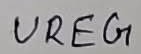
Text: UREG